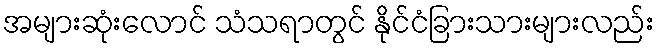
အများဆုံးလောင် သံသရာတွင် နိုင်ငံခြားသားများလည်း